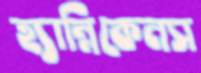
হ্যান্নিকেনস